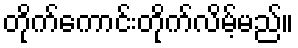
တိုက်ကောင်းတိုက်လိမ့်မည်။